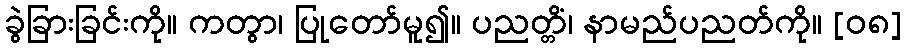
ခွဲခြားခြင်းကို။ ကတွာ၊ ပြုတော်မူ၍။ ပညတ္တိံ၊ နာမည်ပညတ်ကို။ [၀၈]